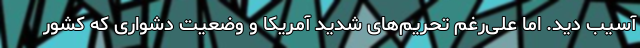
آسیب دید. اما علی‌رغم تحریم‌های شدید آمریکا و وضعیت دشواری که کشور